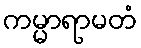
ကမ္မာရာမတံ